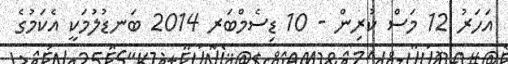
އަހަރު 12 މަސް ކުރިން - 10 ޑިސެމްބަރ 2014 ބަނޑުލުމަކީ އެކަމުގެ